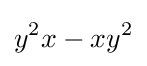
y^{2}x-xy^{2}